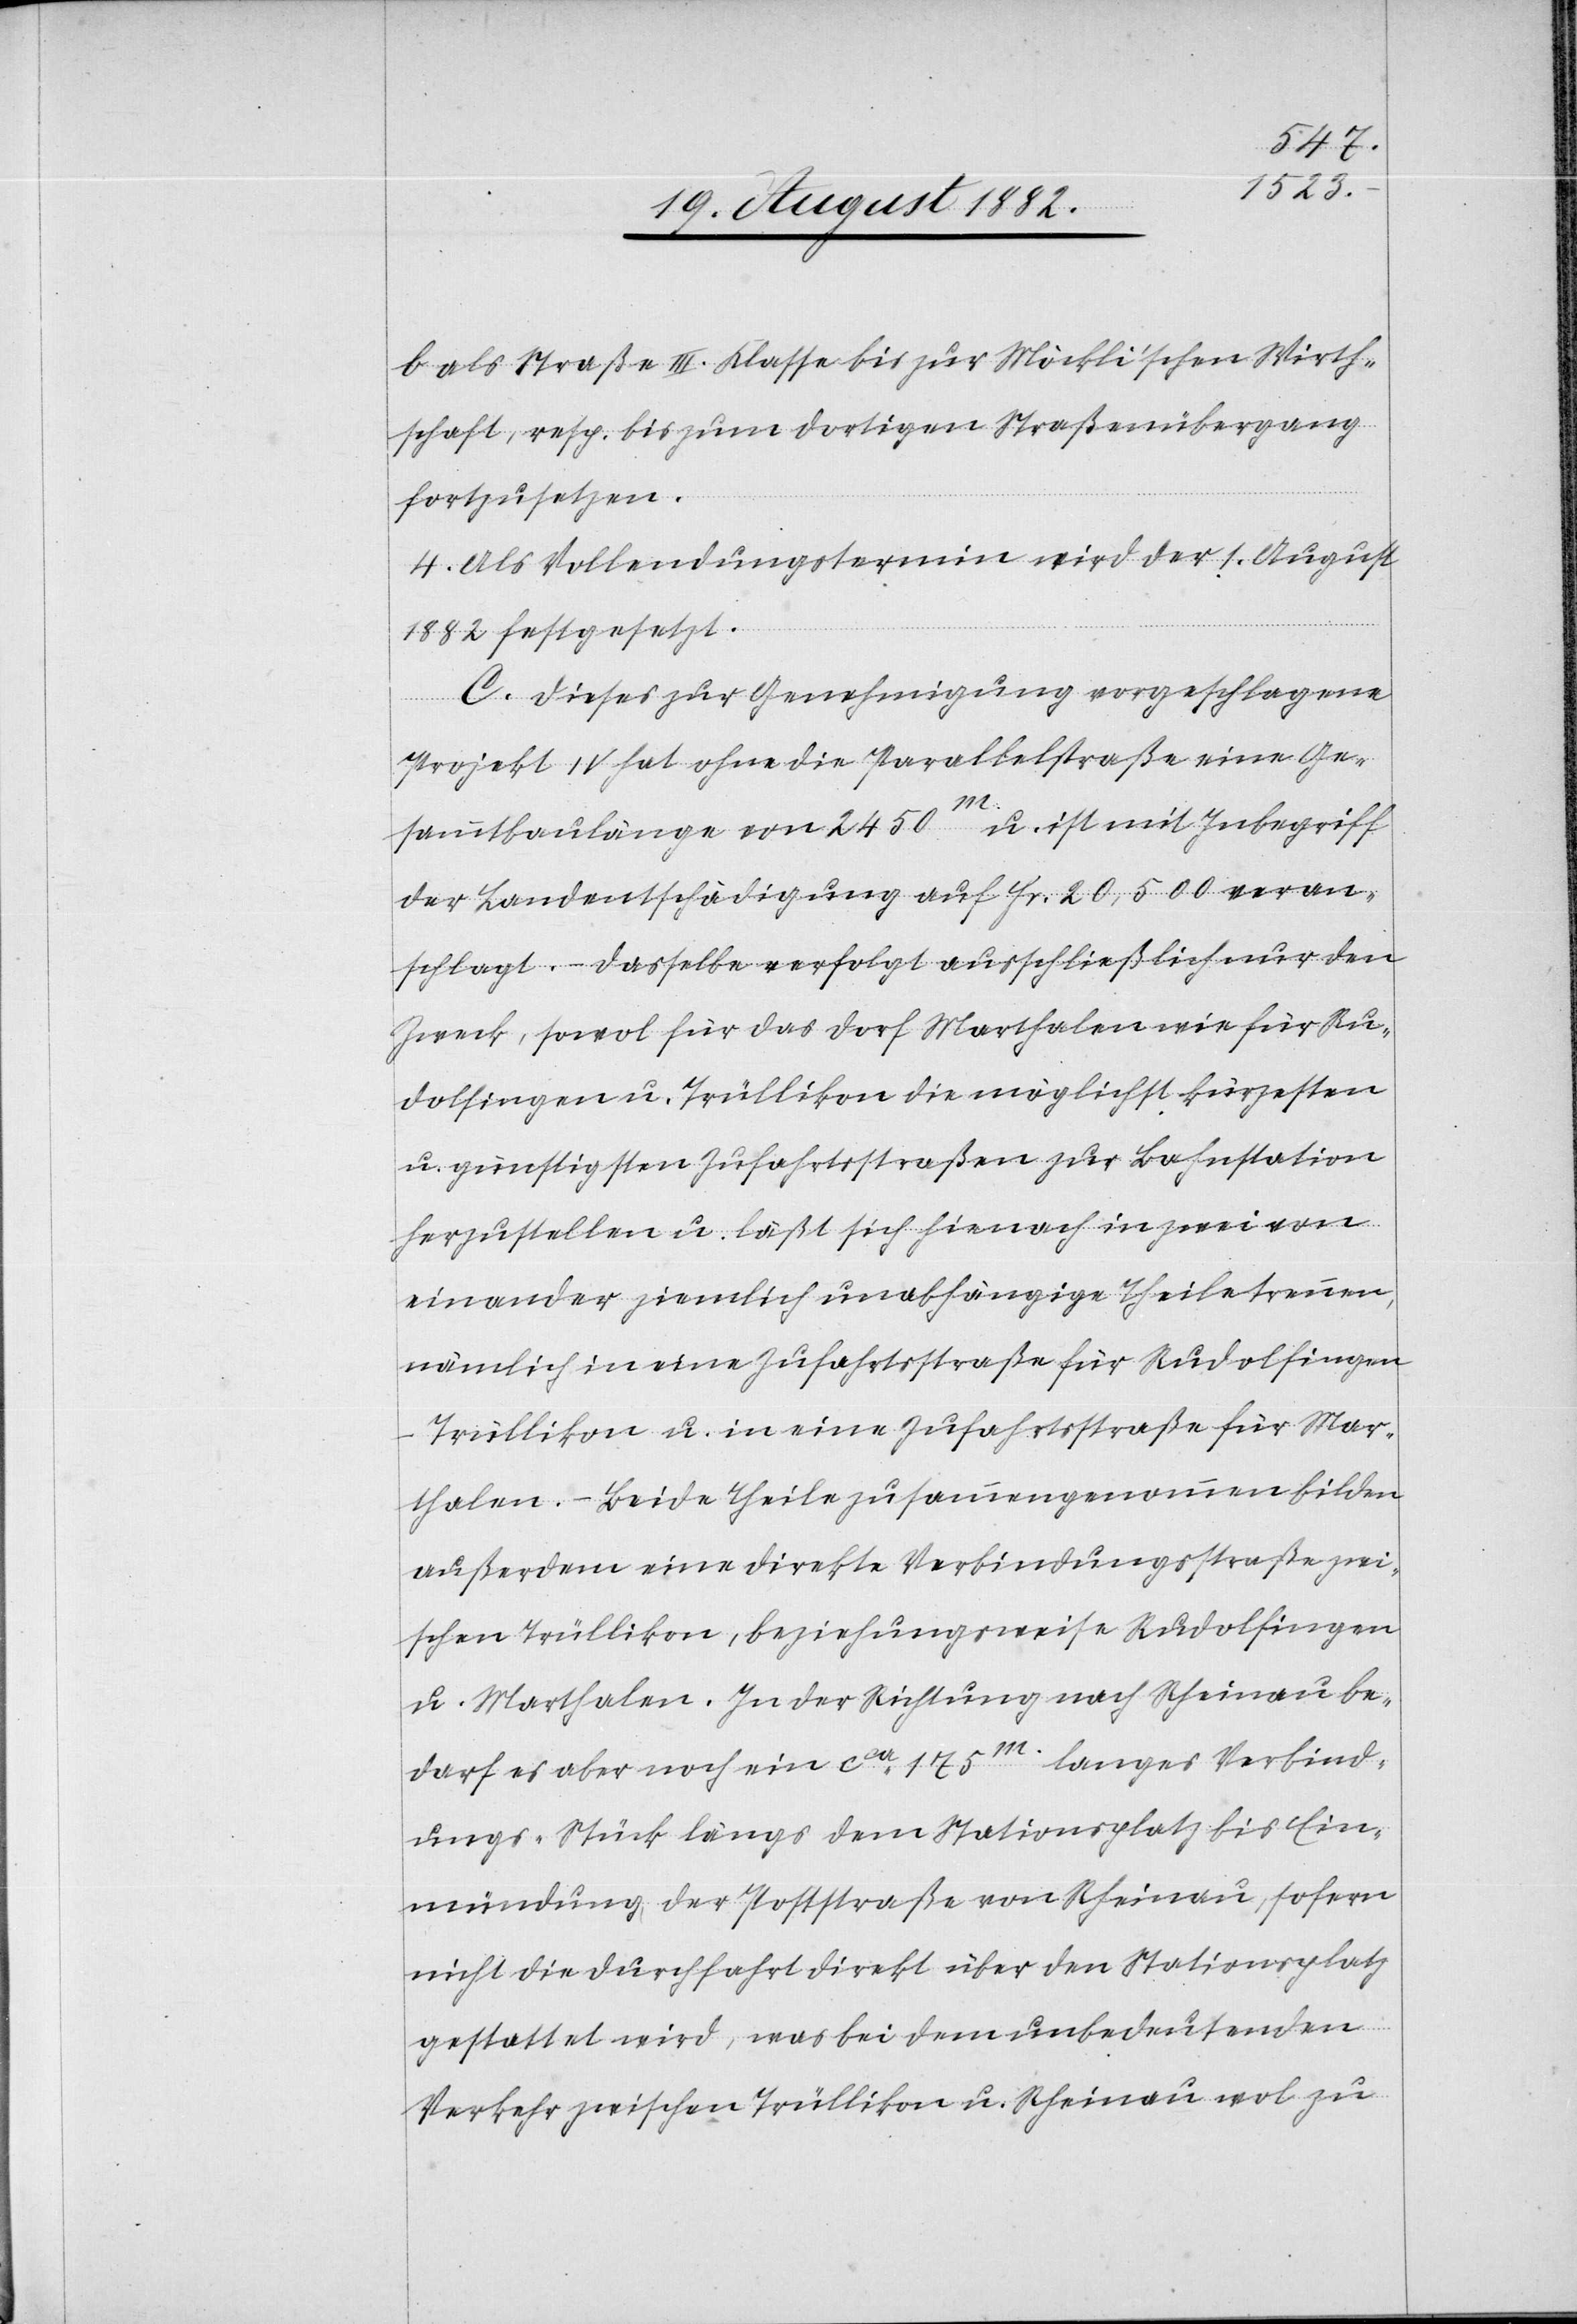
b als Straße III. Klasse bis zur Möckli’schen Wirth¬
schaft, resp. bis zum dortigen Straßenübergang
fortzusetzen.
4. Als Vollendungstermin wird der 1. August
1882 festgesetzt.
C. Dieses zur Genehmigung vorgeschlagene
Projekt IV hat ohne die Parallelstraße eine Ge¬
sammtbaulänge von 2450m u. ist mit Inbegriff
der Landentschädigung auf Fr. 20,500 veran¬
schlagt. – Dasselbe verfolgt ausschließlich nur den
Zweck, sowol für das Dorf Marthalen wie für Ru¬
dolfingen u. Trüllikon die möglichst kürzesten
u. günstigsten Zufahrtsstraßen zur Bahnstation
herzustellen u. läßt sich hienach in zwei von
einander ziemlich unabhängige Theile trennen,
nämlich in eine Zufahrtsstraße für Rudolfingen
Trüllikon u. in eine Zufahrtsstraße für Mar¬
thalen. – Beide Theile zusammengenommen bilden
außerdem eine direkte Verbindungsstraße zwi¬
schen Trüllikon, beziehungsweise Rudolfingen
u. Marthalen. In der Richtung nach Rheinau be¬
darf es aber noch ein ca 175m langes Verbind¬
ungs-Stück längs dem Stationsplatz bis Ein¬
mündung der Poststraße von Rheinau, sofern
nicht die Durchfahrt direkt über den Stationsplatz
gestattet wird, was bei dem unbedeutenden
Verkehr zwischen Trüllikon u. Rheinau wol zu